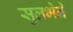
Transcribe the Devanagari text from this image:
सुलभेने